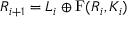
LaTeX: R _ { i + 1 } = L _ { i } \oplus \mathrm { { F } } ( R _ { i } , K _ { i } )